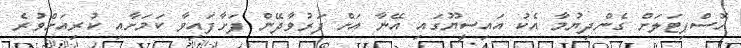
ހޮސްޕިޓަލަށް ގެންދިޔުމާ އެކު އައިސީޔޫގައި އޭނާ އަށް ފަރުވާދޭން ފަށާފައިވާ ކަމަށާއި ކުރިއަށްވުރެ